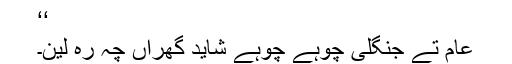
‘‘
عام تے جنگلی چوہے چوہے شاید گھراں چہ رہ لین۔